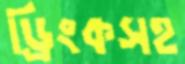
ড্রিংকসহ